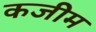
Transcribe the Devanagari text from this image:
कजीम